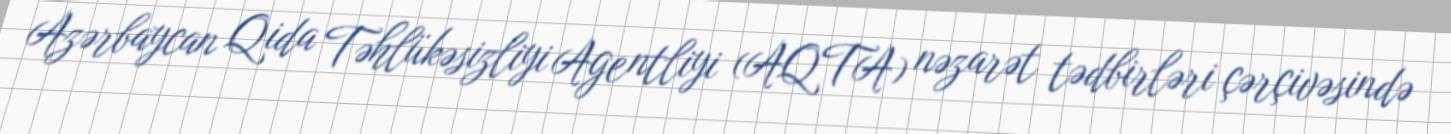
Azərbaycan Qida Təhlükəsizliyi Agentliyi (AQTA) nəzarət tədbirləri çərçivəsində